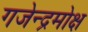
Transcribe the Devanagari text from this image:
गजेन्द्रमोक्ष